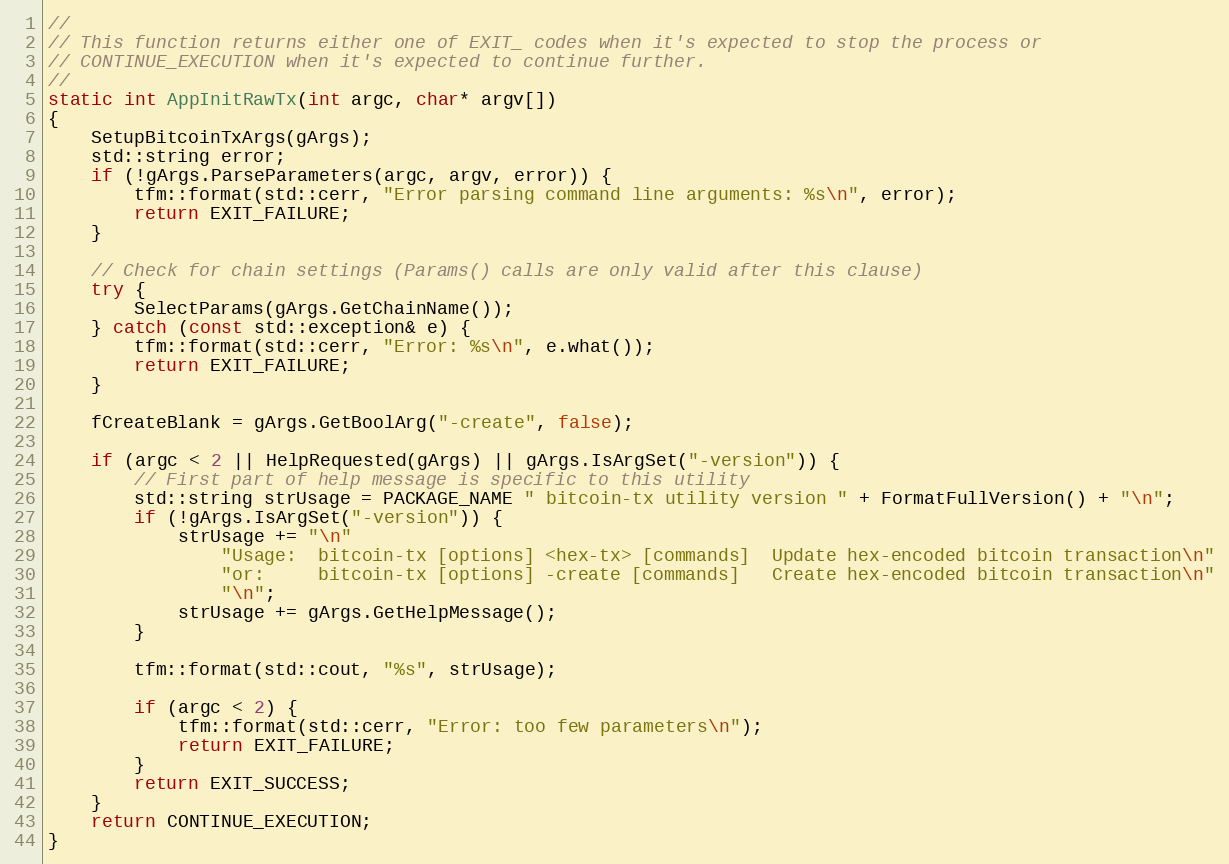
Language: C++
//
// This function returns either one of EXIT_ codes when it's expected to stop the process or
// CONTINUE_EXECUTION when it's expected to continue further.
//
static int AppInitRawTx(int argc, char* argv[])
{
    SetupBitcoinTxArgs(gArgs);
    std::string error;
    if (!gArgs.ParseParameters(argc, argv, error)) {
        tfm::format(std::cerr, "Error parsing command line arguments: %s\n", error);
        return EXIT_FAILURE;
    }

    // Check for chain settings (Params() calls are only valid after this clause)
    try {
        SelectParams(gArgs.GetChainName());
    } catch (const std::exception& e) {
        tfm::format(std::cerr, "Error: %s\n", e.what());
        return EXIT_FAILURE;
    }

    fCreateBlank = gArgs.GetBoolArg("-create", false);

    if (argc < 2 || HelpRequested(gArgs) || gArgs.IsArgSet("-version")) {
        // First part of help message is specific to this utility
        std::string strUsage = PACKAGE_NAME " bitcoin-tx utility version " + FormatFullVersion() + "\n";
        if (!gArgs.IsArgSet("-version")) {
            strUsage += "\n"
                "Usage:  bitcoin-tx [options] <hex-tx> [commands]  Update hex-encoded bitcoin transaction\n"
                "or:     bitcoin-tx [options] -create [commands]   Create hex-encoded bitcoin transaction\n"
                "\n";
            strUsage += gArgs.GetHelpMessage();
        }

        tfm::format(std::cout, "%s", strUsage);

        if (argc < 2) {
            tfm::format(std::cerr, "Error: too few parameters\n");
            return EXIT_FAILURE;
        }
        return EXIT_SUCCESS;
    }
    return CONTINUE_EXECUTION;
}